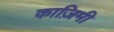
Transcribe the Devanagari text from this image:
काज़िमी